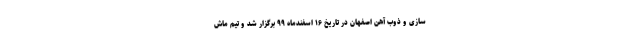
سازی و ذوب آهن اصفهان در تاریخ ۱۶ اسفندماه ۹۹ برگزار شد و تیم ماش